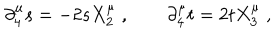
\partial _ { 4 } ^ { \mu } s = - 2 s X _ { 2 } ^ { \mu } \; , \qquad \partial _ { 4 } ^ { \mu } t = 2 t X _ { 3 } ^ { \mu } \; ,